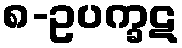
၈-ဥပက္ခဋ